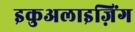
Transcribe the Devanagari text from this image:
इकुअलाइज़िंग